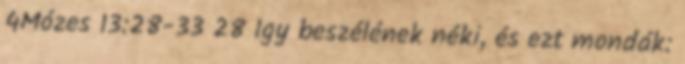
4Mózes 13:28-33 28 Így beszélének néki, és ezt mondák: